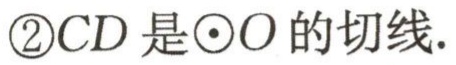
\textcircled{2}$CD是\odot O的切线.$